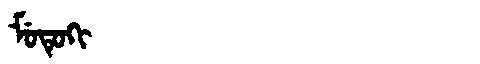
Manchu: ᠮᡠᡨᡠᡴᡳ
Romanization: MUTUKI